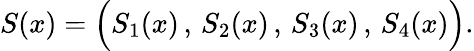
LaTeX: S(x)=\Big(S_{1}(x)\, ,\, S_{2}(x)\, ,\, S_{3}(x)\, ,\, S_{4}(x)\Big).